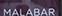
malabar